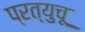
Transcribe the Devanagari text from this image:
प्रत्युचू